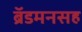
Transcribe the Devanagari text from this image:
ब्रॅडमनसह